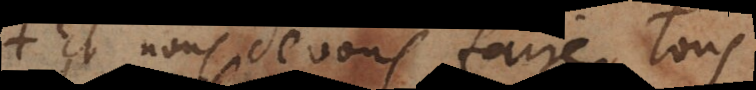
Et nous devons faire tous